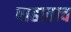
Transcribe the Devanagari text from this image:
पाहाताच